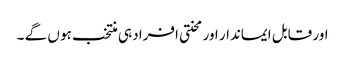
اور قابل ایماندار اور محنتی افراد ہی منتخب ہو ں گے ۔